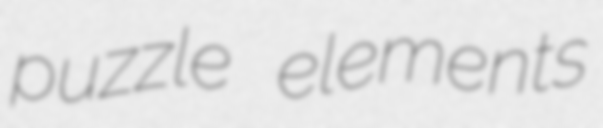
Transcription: puzzle elements